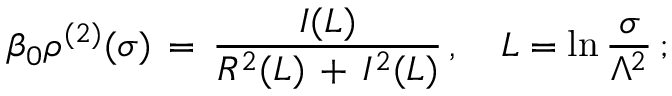
\beta _ { 0 } \rho ^ { ( 2 ) } ( \sigma ) \, = \, \frac { I ( L ) } { R ^ { 2 } ( L ) \, + \, I ^ { 2 } ( L ) } \, , \quad L = \ln \frac { \sigma } { \Lambda ^ { 2 } } \, ;